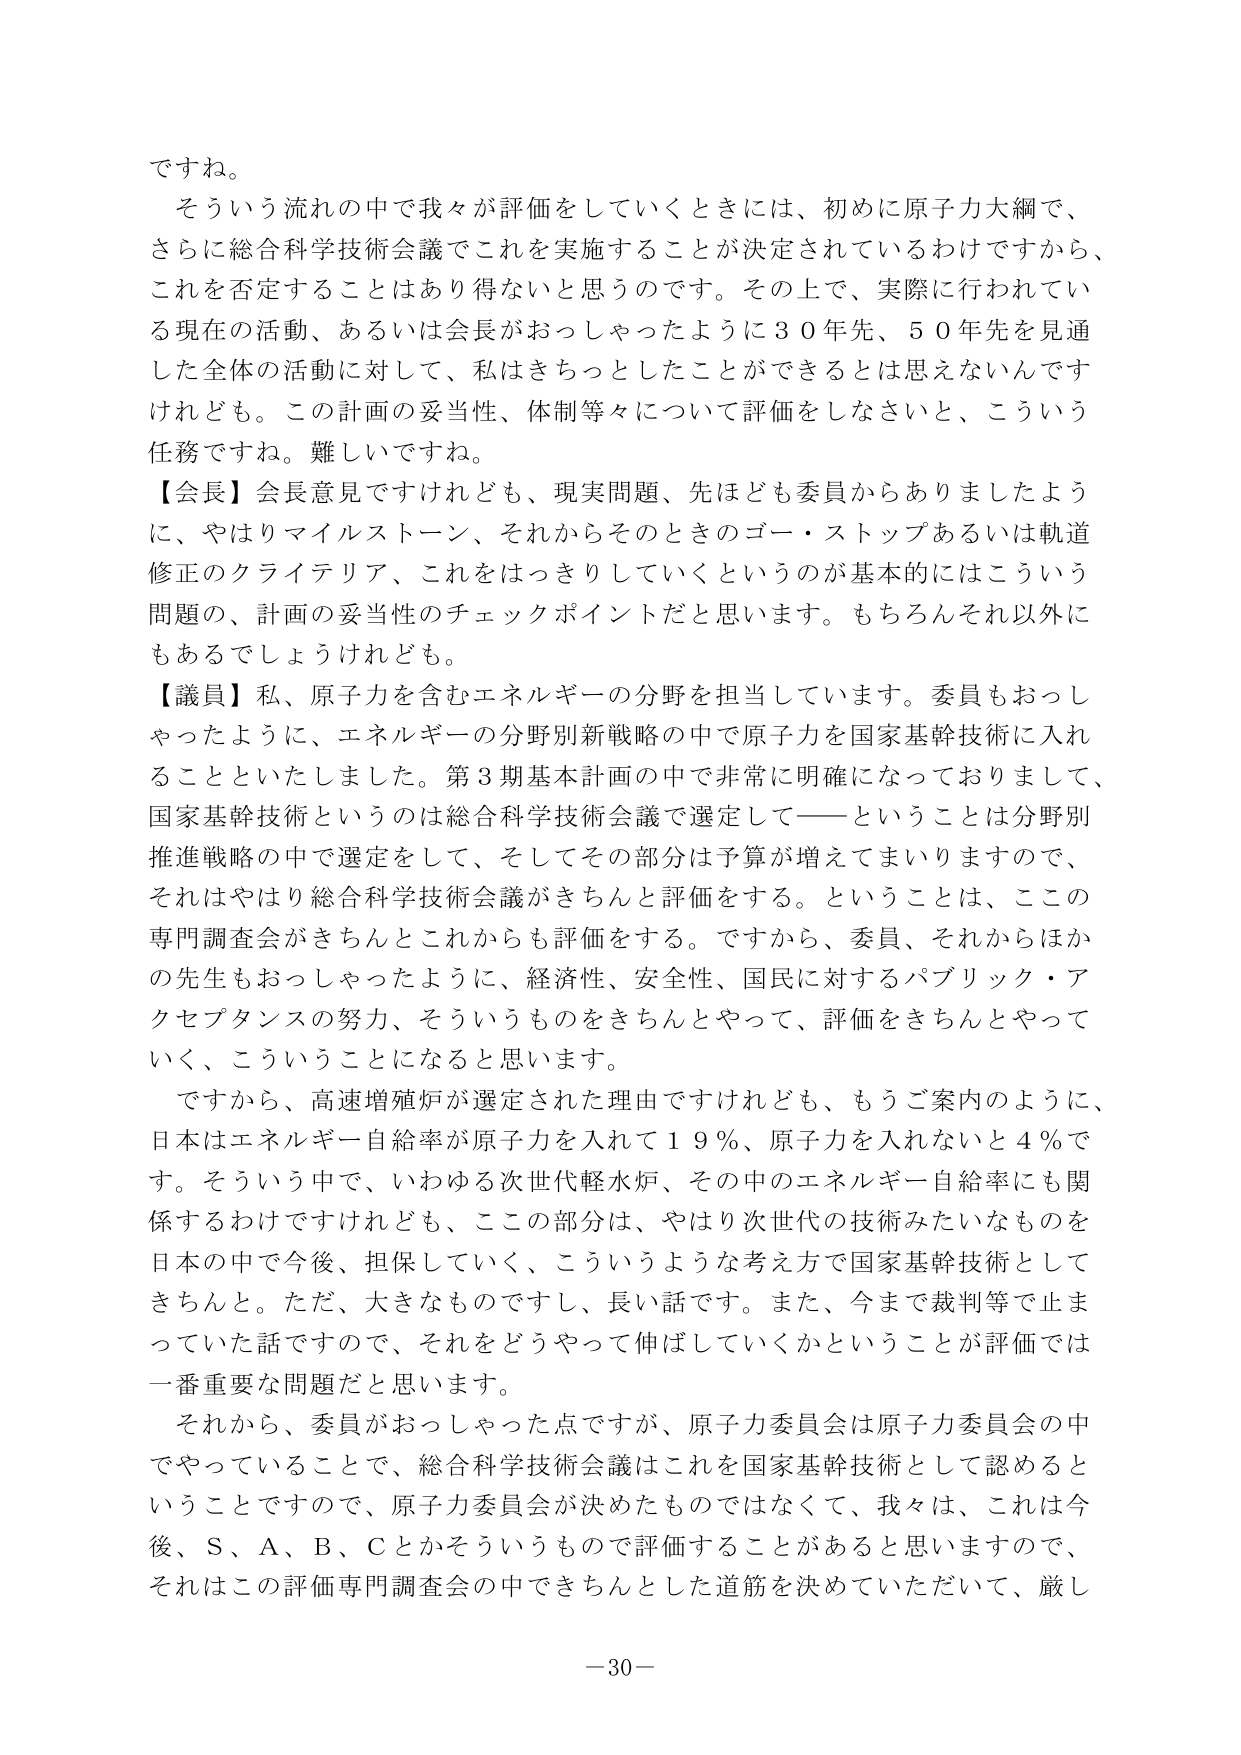
ですね。

そういう流れの中で我々が評価をしていくときには、初めに原子力大綱で、
さらに総合科学技術会議でこれを実施することが決定されているわけですから、
これを否定することはあり得ないと思うのです。その上で、実際に行われてい
る現在の活動、あるいは会長がおっしゃったように３０年先、５０年先を見通
した全体の活動に対して、私はきちっとしたことができるとは思えないんです
けれども。この計画の妥当性、体制等々について評価をしなさいと、こういう
任務ですね。難しいですね。

【会長】会長意見ですけれども、現実問題、先ほども委員からありましたよう
に、やはりマイルストーン、それからそのときのゴー・ストップあるいは軌道
修正のクライテリア、これをはっきりしていくというのが基本的にはこういう
問題の、計画の妥当性のチェックポイントだと思います。もちろんそれ以外に
もあるでしょうけれども。

【議員】私、原子力を含むエネルギーの分野を担当しています。委員もおっし
ゃったように、エネルギーの分野別新戦略の中で原子力を国家基幹技術に入れ
ることといたしました。第３期基本計画の中で非常に明確になっておりまして、
国家基幹技術というのは総合科学技術会議で選定して――ということは分野別
推進戦略の中で選定をして、そしてその部分は予算が増えてまいりますので、
それはやはり総合科学技術会議がきちんと評価をする。ということは、ここの
専門調査会がきちんとこれからも評価をする。ですから、委員、それからほか
の先生もおっしゃったように、経済性、安全性、国民に対するパブリック・ア
クセプタンスの努力、そういうものをきちんとやって、評価をきちんとやって
いく、こういうことになると思います。

ですから、高速増殖炉が選定された理由ですけれども、もうご案内のように、
日本はエネルギー自給率が原子力を入れて１９％、原子力を入れないと４％で
す。そういう中で、いわゆる次世代軽水炉、その中のエネルギー自給率にも関
係するわけですがけれども、ここの部分は、やはり次世代の技術みたいなものを
日本の中で今後、担保していく、こういうような考え方で国家基幹技術として
きちんと。ただ、大きなものですし、長い話です。また、今まで裁判等で止ま
っていた話ですので、それをどうやって伸ばしていくかということが評価では
一番重要な問題だと思います。

それから、委員がおっしゃった点ですが、原子力委員会は原子力委員会の中
でやっていることで、総合科学技術会議はこれを国家基幹技術として認めると
いうことですので、原子力委員会が決めたものではなくて、我々は、これは今
後、Ｓ、Ａ、Ｂ、Ｃとかそういうもので評価することがあると思いますので、
それはこの評価専門調査会の中できちんとした道筋を決めていただいて、厳し

－30－